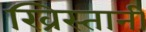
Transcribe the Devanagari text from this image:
ख्रिस्तानी